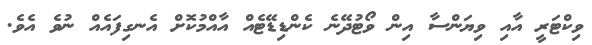
ވިކްޓަރީ އާއި ވިޔަންސާ އިން ވޯޓުދޭނެ ކެންޑިޑޭޓެއް އާއްމުކޮށް އެނގިފައެއް ނުވެ އެވެ.